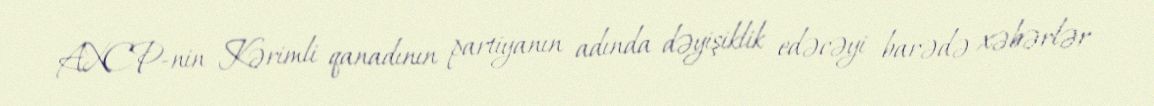
AXCP-nin Kərimli qanadının partiyanın adında dəyişiklik edəcəyi barədə xəbərlər